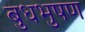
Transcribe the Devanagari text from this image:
बुधभुषण